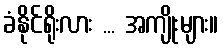
ခံနိုင်ရိုးလား ... အကျိုးများ။